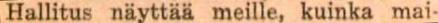
Hallitus näyttää meille, kuinka mai-